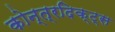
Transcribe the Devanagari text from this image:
कोन्त्रदिक्ट्स